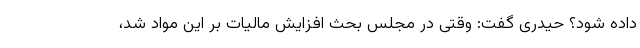
داده شود؟ حیدری گفت: وقتی در مجلس بحث افزایش مالیات بر این مواد شد،